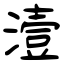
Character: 潱